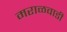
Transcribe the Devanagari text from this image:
मराळवाडी